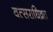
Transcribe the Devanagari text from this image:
वत्सराधिव्रत